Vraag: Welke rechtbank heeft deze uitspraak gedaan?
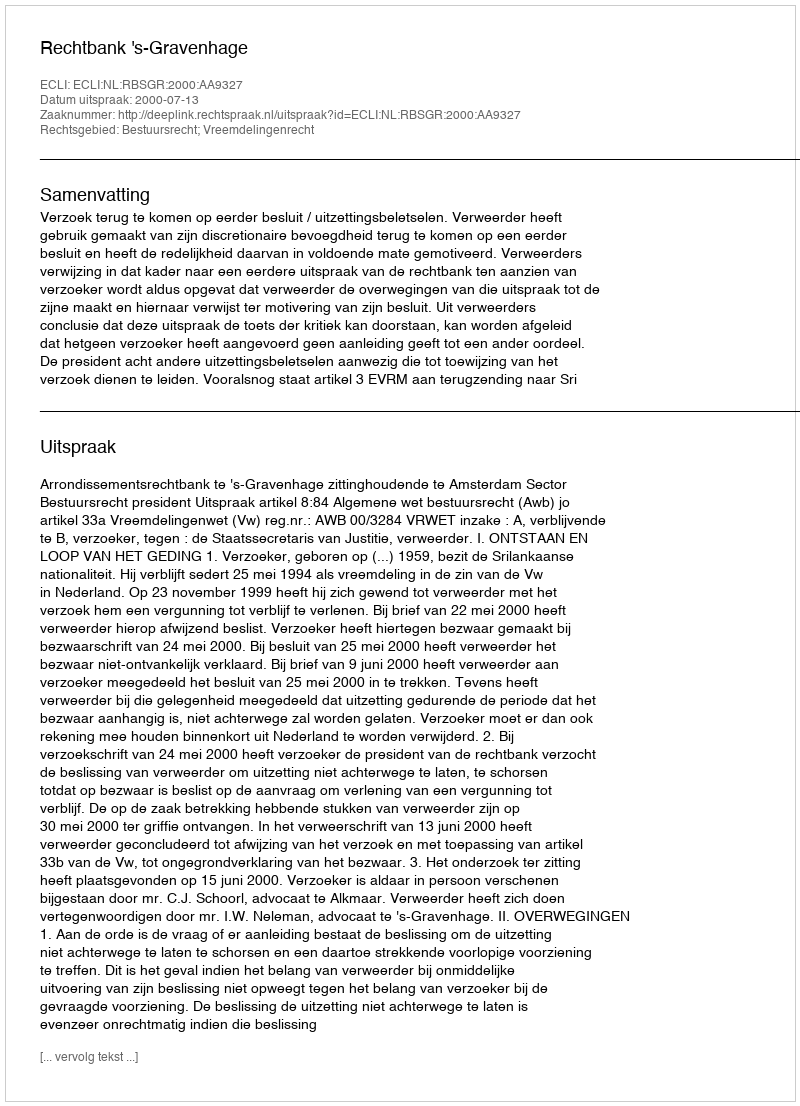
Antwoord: Rechtbank 's-Gravenhage